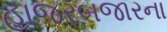
હાજરબજારના